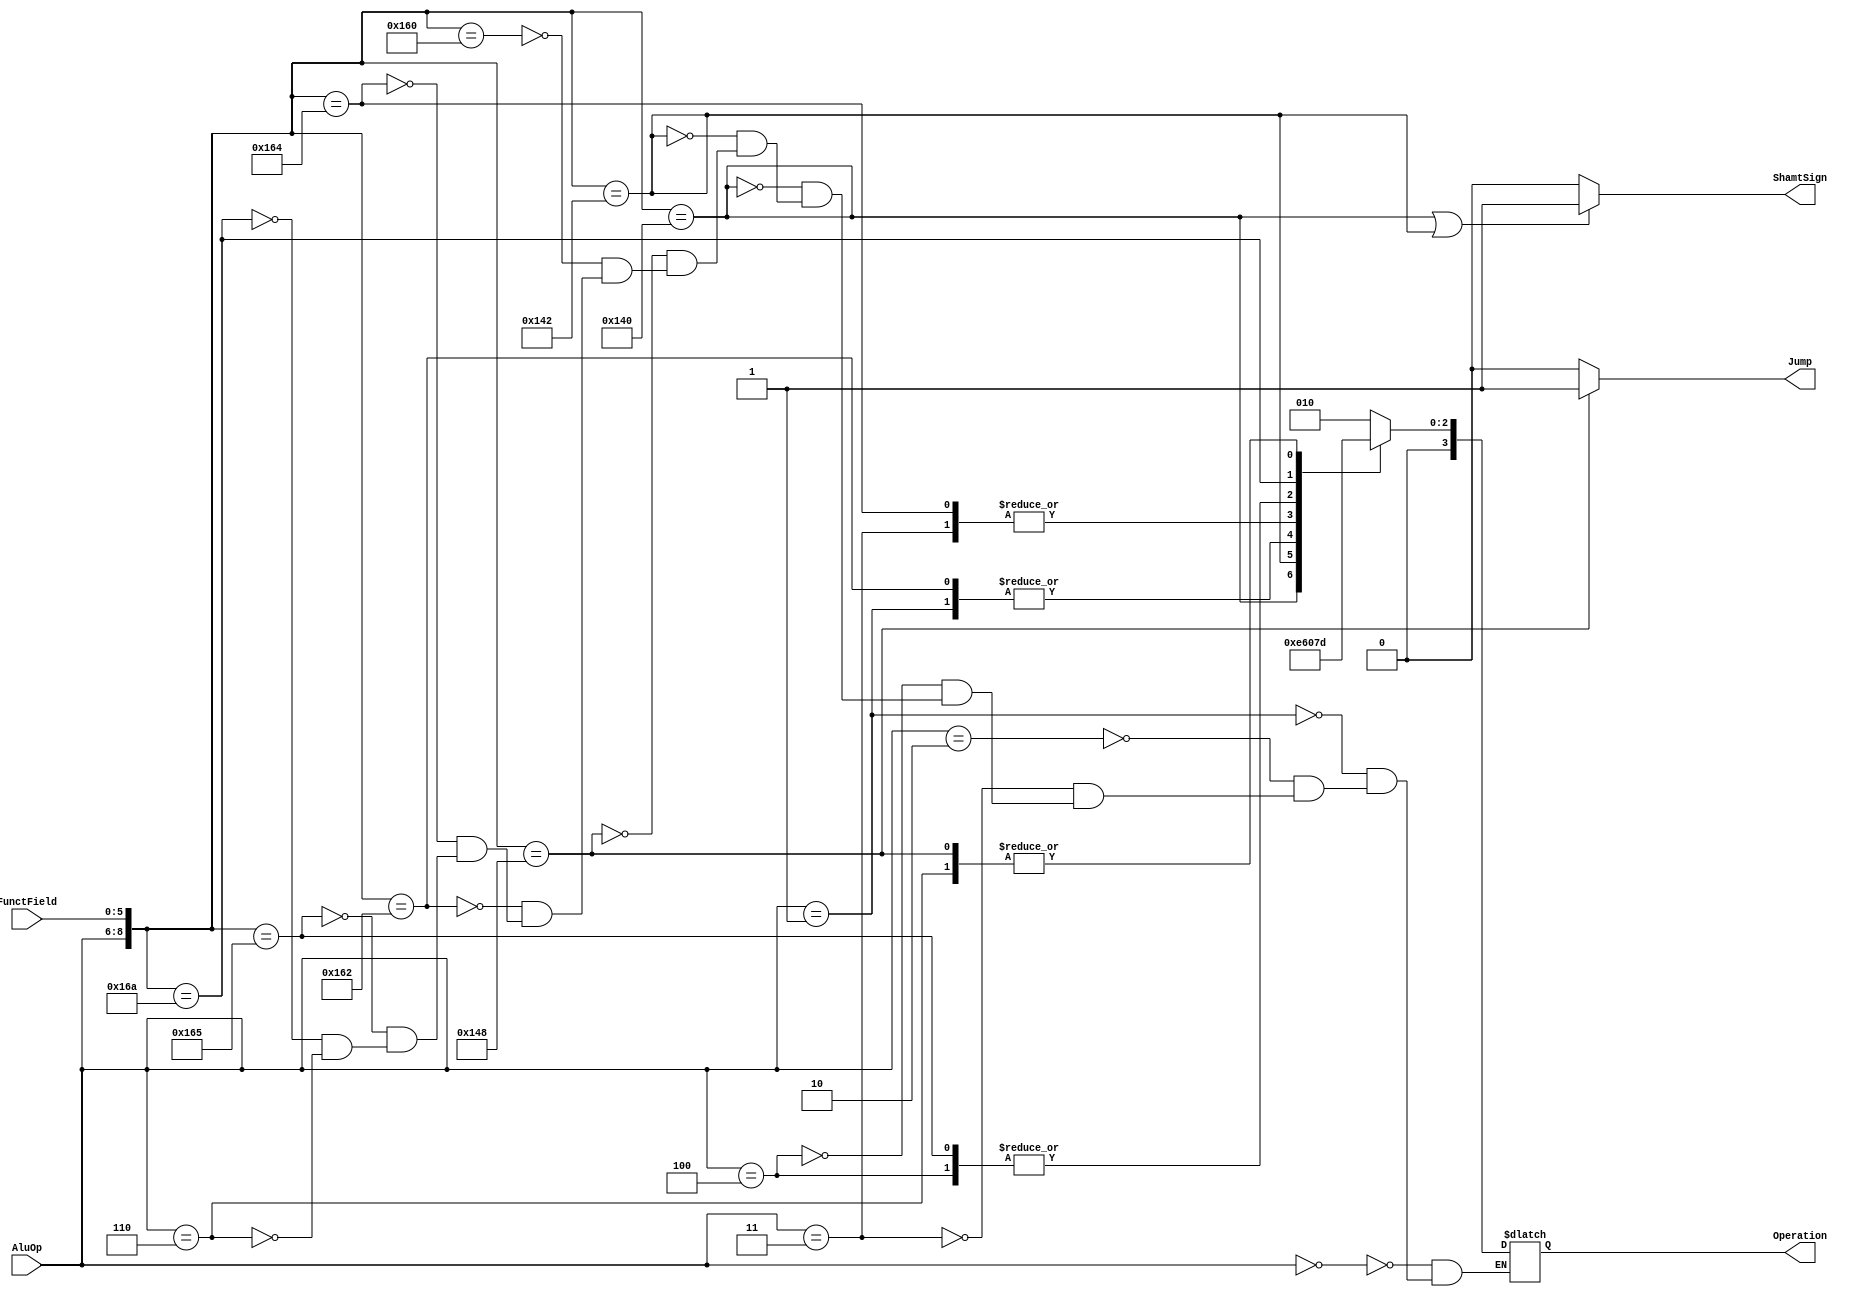
`timescale 1ns / 1ps
//////////////////////////////////////////////////////////////////////////////////
// Company: 
// Engineer: 
// 
// Design Name: 
// Module Name: ALUCtr
// Project Name: 
// Target Devices: 
// Tool Versions: 
// Description: 
// 
// Dependencies: 
// 
// Revision:
// Revision 0.01 - File Created
// Additional Comments:
// 
//////////////////////////////////////////////////////////////////////////////////


module ALUCtr(
    input [2:0] AluOp,
    input [5:0] FunctField,
    output reg [3:0] Operation,
    output reg ShamtSign, //
    output reg Jump
    );
    
    always @ (AluOp or FunctField)
    begin
        casex ({AluOp, FunctField})
            9'b000xxxxxx:  // lw or sw
                Operation = 4'b0010;
            9'b001xxxxxx:  // beq
                Operation = 4'b0110;
            9'b010xxxxxx:  // addi
                Operation = 4'b0010;
            9'b011xxxxxx:  // andi
                Operation = 4'b0000;
            9'b100xxxxxx:  // ori
                Operation = 4'b0001;
            9'b101000000:  // sll: left-shift
                Operation = 4'b0011;
            9'b101000010:  // srl: right-shift
                Operation = 4'b0100;
            9'b101001000:  // jr
                Operation = 4'b0101;
            9'b101100000:  // add
                Operation = 4'b0010;
            9'b101100010:  // sub
                Operation = 4'b0110;
            9'b101100100:  // and
                Operation = 4'b0000;
            9'b101100101:  // or
                Operation = 4'b0001;
            9'b101101010:  // slt:  less than
                Operation = 4'b0111;
            9'b110xxxxxx:  // jump / jal
                Operation = 4'b0101;
        endcase        
        
        if ({AluOp, FunctField} == 9'b101000000 || {AluOp, FunctField} == 9'b101000010)
            ShamtSign = 1;
        else 
            ShamtSign = 0;
        
        if ({AluOp, FunctField} == 9'b101001000)
            Jump = 1;
        else 
            Jump = 0;
            
    end

endmodule